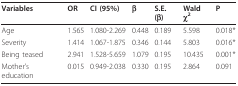
<table><thead><tr><td><b>Variables</b></td><td><b>OR</b></td><td><b>CI (95%)</b></td><td><b>β</b></td><td><b>S.E. (β)</b></td><td><b>Wald χ<sup>2</sup></b></td><td><b>P</b></td></tr></thead><tbody><tr><td>Age</td><td>1.565</td><td>1.080-2.269</td><td>0.448</td><td>0.189</td><td>5.598</td><td>0.018*</td></tr><tr><td>Severity</td><td>1.414</td><td>1.067-1.875</td><td>0.346</td><td>0.144</td><td>5.803</td><td>0.016*</td></tr><tr><td>Being teased</td><td>2.941</td><td>1.528-5.659</td><td>1.079</td><td>0.195</td><td>10.435</td><td>0.001*</td></tr><tr><td>Mother&#x27;s education</td><td>0.015</td><td>0.949-2.038</td><td>0.330</td><td>0.195</td><td>2.864</td><td>0.091</td></tr></tbody></table>